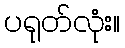
ပရုတ်လုံး။